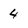
Character: 4